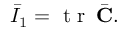
\bar { I } _ { 1 } = \mathrm { ~ t ~ r ~ } \, \bar { \mathbf { C } } .